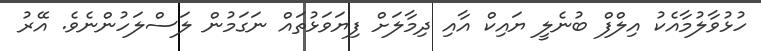
ހުޅުވާލުމާއެކު އިލްފް ބުނެލީ ޔައިކް އާއި ދިމާލަށް ފިޔަވަޅުތައް ނަގަމުން ލަސްލަހުންނެވެ. އޭރު